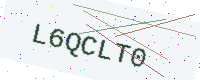
Text: L6QCLT0